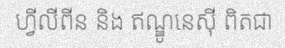
ហ្វីលីពីន និង ឥណ្ឌូនេស៊ី ពិតជា